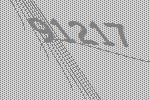
91217